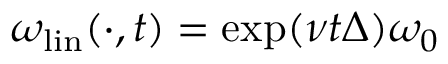
\omega _ { \mathrm { l i n } } ( \cdot , t ) = \exp ( \nu t \Delta ) \omega _ { 0 }